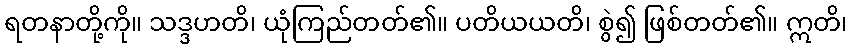
ရတနာတို့ကို။ သဒ္ဒဟတိ၊ ယုံကြည်တတ်၏။ ပတိယယတိ၊ စွဲ၍ ဖြစ်တတ်၏။ ဣတိ၊